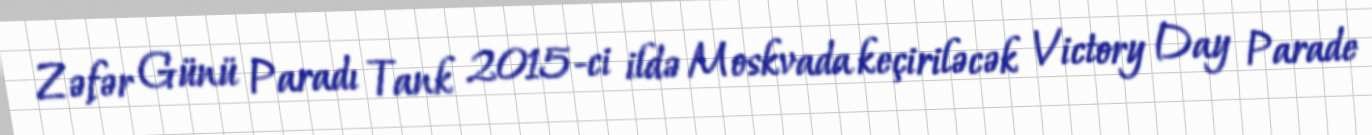
Zəfər Günü Paradı Tank 2015-ci ildə Moskvada keçiriləcək Victory Day Parade